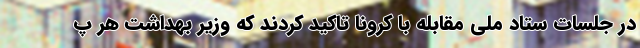
در جلسات ستاد ملی مقابله با کرونا تاکید کردند که وزیر بهداشت هر پ